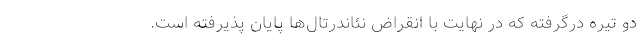
دو تیره درگرفته که در نهایت با انقراض نئاندرتال‌ها پایان پذیرفته است.